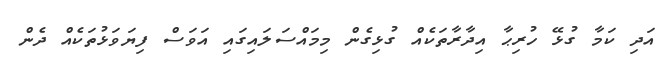
އަދި ކަމާ ގުޅޭ ހުރިޙާ އިދާރާތަކެއް ގުޅިގެން މިމައްސަލައިގައި އަވަސް ފިޔަވަޅުތަކެއް ދެން